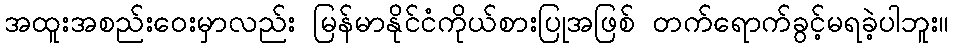
အထူးအစည်းဝေးမှာလည်း မြန်မာနိုင်ငံကိုယ်စားပြုအဖြစ် တက်ရောက်ခွင့်မရခဲ့ပါဘူး။